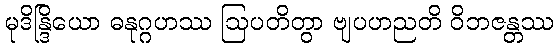
မုဒိန္ဒြိယော ဓနုဂ္ဂဟဿ ဩပတိတွာ ဗျပဟညတိ ဝိဘဇန္တဿ